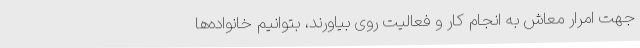
جهت امرار معاش به انجام کار و فعالیت روی بیاورند، بتوانیم خانواده‌ها